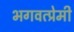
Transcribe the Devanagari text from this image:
भगवत्प्रेमी